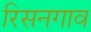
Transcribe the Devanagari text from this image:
रिसनगाव